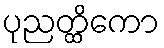
ပုညတ္ထိကော